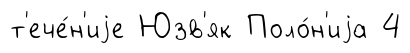
т'ече́н'иjе Юзв'як Поло́н'иjа 4